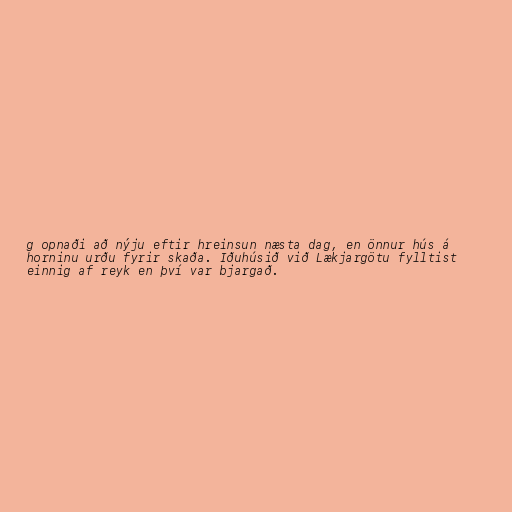
g opnaði að nýju eftir hreinsun næsta dag, en önnur hús á
horninu urðu fyrir skaða. Iðuhúsið við Lækjargötu fylltist
einnig af reyk en því var bjargað.